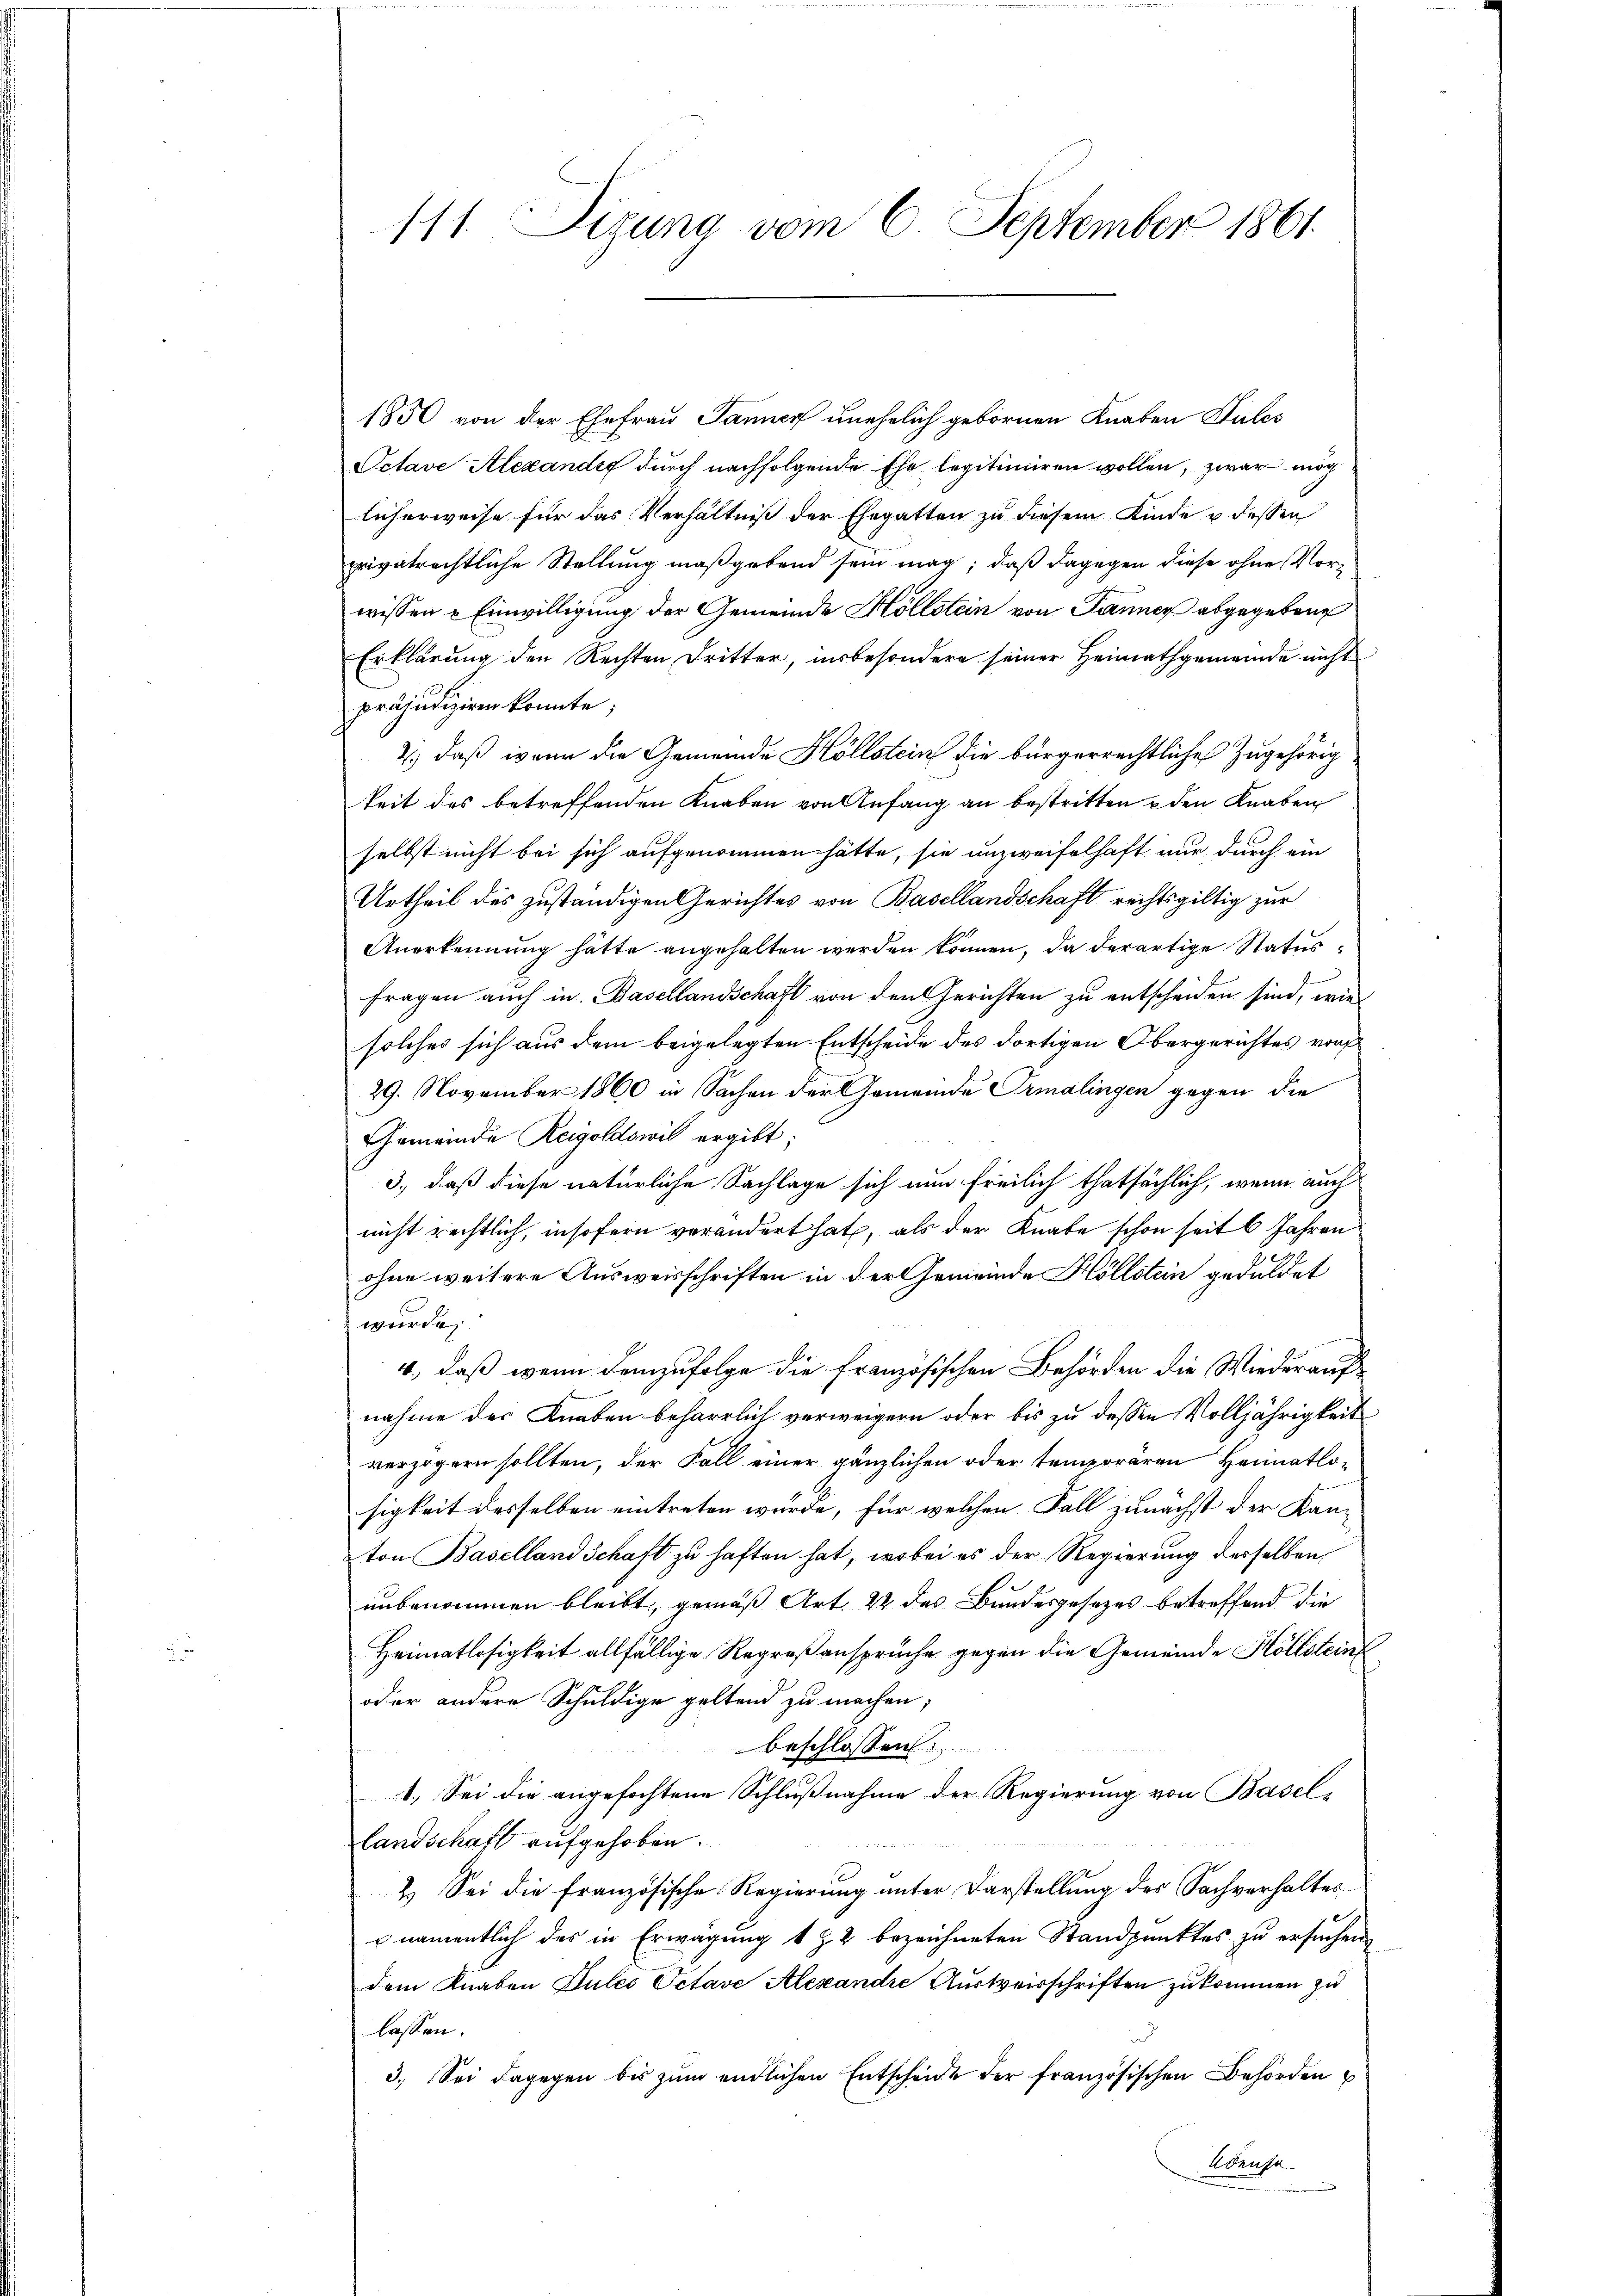
1850 von der Ehefrau Janner unehelich gebornen Knaben Sules
Octave Alexandig durch nachfolgende Ehe legitimiren wollen, zwar mich
licherweise für das Verhältniß der Ehegatten zu diesem Kinde u. dessen
privatrechtliche Stellung maßgebend sein mag; daß dagegen diese ohne Vorwissen Einwilligung der Gemeinde Höllstein von Tanner abgegebene
Erklärung den Rechten Dritter, insbesondere seiner Heimathgemeinde nicht
präjudiziren konnte;
2.) daß wenn die Gemeinde Höllstein die bürgerrechtliches Zugehörig
keit des betreffenden Knaben von Anfang an bestritten u den Knaben
selbst nicht bei sich aufgenommen hätte, sie unzweifelhaft nur durch ein
Urtheil des zuständigen Gerichtes von Basellandschaft rechtsgültig zur
Anerkennung hätte angehalten werden können, da derartige Statusf
fragen auch in Basellandschaft von den Gerichten zu entscheiden sind, wie
solches sich aus dem beigelegten Entscheide des dortigen Obergerichtes vor
29. November 1860 in Sachen der Gemeinde Ermalingen gegen die
Gemeinde Reigoldswil ergibt:
3.) daß diese natürliche Sachlage sich nun freilich thatsächlich, wenn auch
nicht rechtlich, insofern verändert hat, als der Knabe schon seit 6 Jahren
ohne weitere Ausweisschriften in der Gemeinde Höllstein geduldet
wurde
4, daß wenn demzufolge die französischen Behörden die Wiederauf-
nahme der Knaben beharrlich verweigern oder bis zu dessen Volljährigkeit
verzögern sollten, der Fall einer gänzlichen oder temporären Heimatlosigkeit desselben eintreten wurde, für welchen Fall zunächst der Kanton Baselland Schaft zu haften hat, wobei es der Regierung derselben,
unbenommen bleibt, gemäß Art. 22 des Bundesgesetzes betreffend die
Heimatlosigkeit allfällige Regroßansprüche gegen die Gemeinde Hollstein
oder andere Schuldige geltend zu machen;
beschlossen:
s
1. Sei die angefochtene Schlußnahme der Regierung von Basel-
landschaft aufgehoben.
2. Sei die Französische Regierung unter Darstellung des Sachverhaltes
pnamentlich des in Erwägung 1 § 2 bezeichneten Standpunktes zu ersuchen
dem Knaben Jules Octave Alexandre Ausweisschriften zukommen zu
lassen.
3. Sei dagegen bis zum endlichen Entscheide der französischen Behörden
Abenso

111. Sizung vom 6. September 1861.